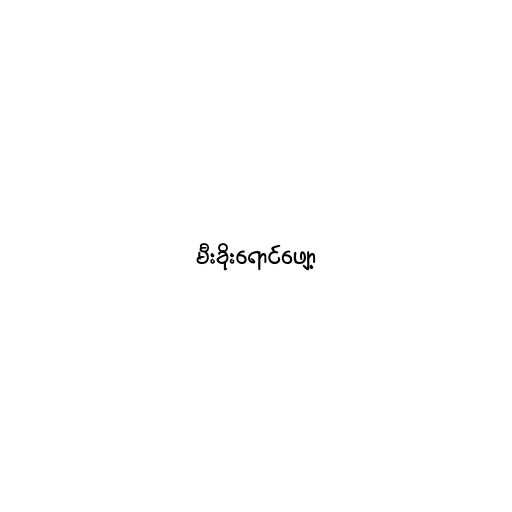
မီးခိုးရောင်ဖျော့